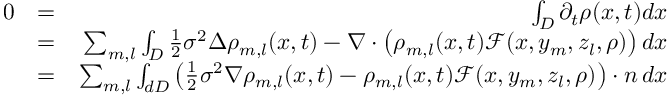
\begin{array} { r l r } { 0 } & { = } & { \int _ { D } \partial _ { t } \rho ( x , t ) d x } \\ & { = } & { \sum _ { m , l } \int _ { D } \frac { 1 } { 2 } \sigma ^ { 2 } \Delta \rho _ { m , l } ( x , t ) - \nabla \cdot \left( \rho _ { m , l } ( x , t ) \mathcal F ( x , y _ { m } , z _ { l } , \rho ) \right) d x } \\ & { = } & { \sum _ { m , l } \int _ { d D } \left( \frac { 1 } { 2 } \sigma ^ { 2 } \nabla \rho _ { m , l } ( x , t ) - \rho _ { m , l } ( x , t ) \mathcal F ( x , y _ { m } , z _ { l } , \rho ) \right) \cdot n \, d x } \end{array}